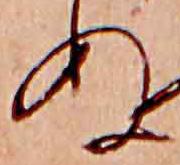
ぬ